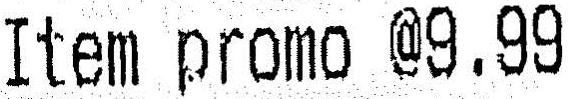
ITEM PROMO @9.99